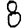
Digit: 8